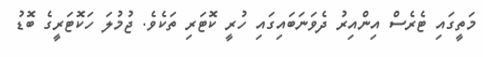
މަތީގައި ޓެރެސް އިންއިރު ދެވަނަބައިގައި ހުރީ ކޮޓަރި ތަކެވެ. ޖުމުލަ ހަކޮޓަރީގެ ބޮޑު